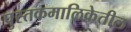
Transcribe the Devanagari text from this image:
पुस्तकमालिकेतील